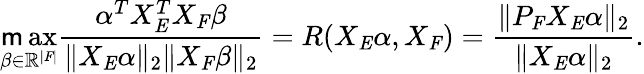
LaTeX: \operatorname*{\mathsf{m}ax}_{\beta\in\mathbb{{R}}^{|\mathit{{F}}|}}\frac{{\alpha^{T}X_{\mathit{{E}}}^{T}X_{\mathit{{F}}}\beta}}{{\| X_{\mathit{{E}}}\alpha\| _{2}\| X_{\mathit{{F}}}\beta\| _{2}}}=R(X_{\mathit{{E}}}\alpha,X_{\mathit{{F}}})=\frac{{\| P_{\mathit{{F}}}X_{\mathit{{E}}}\alpha\| _{2}}}{{\| X_{\mathit{{E}}}\alpha\| _{2}}}.